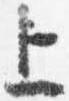
上